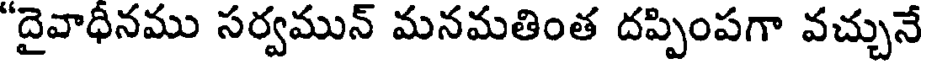
"దైవాధీనము సర్వమున్ మనమతింత దప్పింపగా వచ్చునే